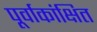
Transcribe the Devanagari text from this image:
पूर्वाकांक्षित